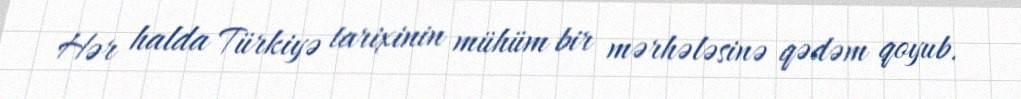
Hər halda Türkiyə tarixinin mühüm bir mərhələsinə qədəm qoyub.